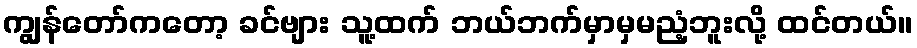
ကျွန်တော်ကတော့ ခင်ဗျား သူ့ထက် ဘယ်ဘက်မှာမှမညံ့ဘူးလို့ ထင်တယ်။